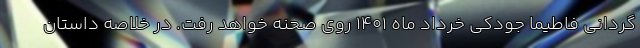
گردانی فاطیما جودکی خرداد ماه ۱۴۰۱ روی صحنه خواهد رفت. در خلاصه داستان